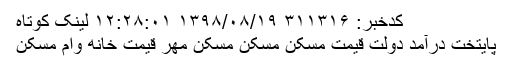
کدخبر: ۳۱۱۳۱۶ ۱۳۹۸/۰۸/۱۹ ۱۲:۲۸:۰۱ لینک کوتاه
پایتخت درآمد دولت قیمت مسکن مسکن مسکن مهر قیمت خانه وام مسکن